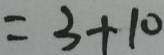
= 3 + 1 0